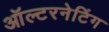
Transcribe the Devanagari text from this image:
ऑल्टरनेटिंग